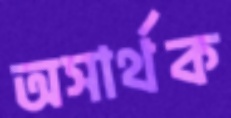
অসার্থক